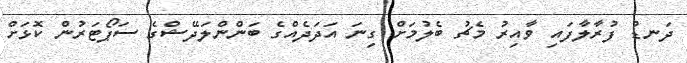
ދަނޑު ފުރާލާފައި ވާއިރު މެޗު ބެލުމަށް ގިނަ އަދަދެއްގެ ބަންންލަދޭޝްގެ ސަޕޯޓަރުން ކޮޅަށް